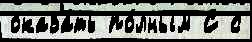
оказа́ть по́лным С с